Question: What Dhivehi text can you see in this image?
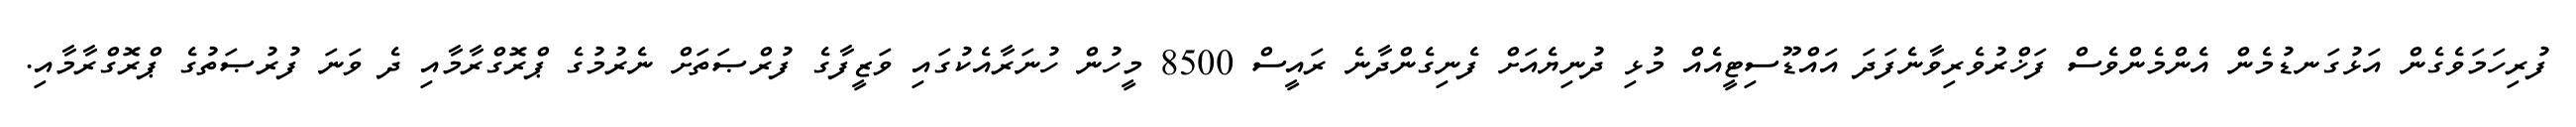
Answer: ފުރިހަމަވެގެން އަޅުގަނޑުމެން އެންމެންވެސް ފަޚްރުވެރިވާނެފަދަ އައްޑޫސިޓީއެއް މުޅި ދުނިޔެއަށް ފެނިގެންދާނެ ރައީސް 8500 މީހުން ހުނަރާއެކުގައި ވަޒީފާގެ ފުރްޞަތަށް ނެރުމުގެ ޕްރޮގްރާމާއި ދެ ވަނަ ފުރުޞަތުގެ ޕްރޮގްރާމާއި.